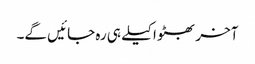
آخر بھٹو اکیلے ہی رہ جائیں گے۔